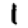
Digit: 1